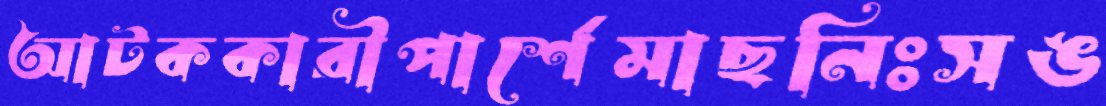
আটককারীপার্শেমাছনিঃসঙ